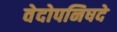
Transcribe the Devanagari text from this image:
वेदोपनिषदे